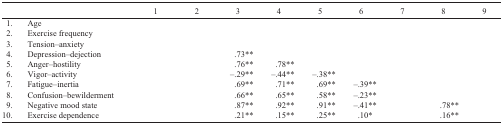
<table><thead><tr><td>[EMPTY_CELL]</td><td>[EMPTY_CELL]</td><td><b>1</b></td><td><b>2</b></td><td><b>3</b></td><td><b>4</b></td><td><b>5</b></td><td><b>6</b></td><td><b>7</b></td><td><b>8</b></td><td><b>9</b></td></tr></thead><tbody><tr><td>1.</td><td>Age</td><td>[EMPTY_CELL]</td><td>[EMPTY_CELL]</td><td>[EMPTY_CELL]</td><td>[EMPTY_CELL]</td><td>[EMPTY_CELL]</td><td>[EMPTY_CELL]</td><td>[EMPTY_CELL]</td><td>[EMPTY_CELL]</td><td>[EMPTY_CELL]</td></tr><tr><td>2.</td><td>Exercise frequency</td><td>[EMPTY_CELL]</td><td>[EMPTY_CELL]</td><td>[EMPTY_CELL]</td><td>[EMPTY_CELL]</td><td>[EMPTY_CELL]</td><td>[EMPTY_CELL]</td><td>[EMPTY_CELL]</td><td>[EMPTY_CELL]</td><td>[EMPTY_CELL]</td></tr><tr><td>3.</td><td>Tension–anxiety</td><td>[EMPTY_CELL]</td><td>[EMPTY_CELL]</td><td>[EMPTY_CELL]</td><td>[EMPTY_CELL]</td><td>[EMPTY_CELL]</td><td>[EMPTY_CELL]</td><td>[EMPTY_CELL]</td><td>[EMPTY_CELL]</td><td>[EMPTY_CELL]</td></tr><tr><td>4.</td><td>Depression–dejection</td><td>[EMPTY_CELL]</td><td>[EMPTY_CELL]</td><td>.73**</td><td>[EMPTY_CELL]</td><td>[EMPTY_CELL]</td><td>[EMPTY_CELL]</td><td>[EMPTY_CELL]</td><td>[EMPTY_CELL]</td><td>[EMPTY_CELL]</td></tr><tr><td>5.</td><td>Anger–hostility</td><td>[EMPTY_CELL]</td><td>[EMPTY_CELL]</td><td>.76**</td><td>.78**</td><td>[EMPTY_CELL]</td><td>[EMPTY_CELL]</td><td>[EMPTY_CELL]</td><td>[EMPTY_CELL]</td><td>[EMPTY_CELL]</td></tr><tr><td>6.</td><td>Vigor–activity</td><td>[EMPTY_CELL]</td><td>[EMPTY_CELL]</td><td>–.29**</td><td>–.44**</td><td>–.38**</td><td>[EMPTY_CELL]</td><td>[EMPTY_CELL]</td><td>[EMPTY_CELL]</td><td>[EMPTY_CELL]</td></tr><tr><td>7.</td><td>Fatigue–inertia</td><td>[EMPTY_CELL]</td><td>[EMPTY_CELL]</td><td>.69**</td><td>.71**</td><td>.69**</td><td>–.39**</td><td>[EMPTY_CELL]</td><td>[EMPTY_CELL]</td><td>[EMPTY_CELL]</td></tr><tr><td>8.</td><td>Confusion–bewilderment</td><td>[EMPTY_CELL]</td><td>[EMPTY_CELL]</td><td>.66**</td><td>.65**</td><td>.58**</td><td>–.23**</td><td>[EMPTY_CELL]</td><td>[EMPTY_CELL]</td><td>[EMPTY_CELL]</td></tr><tr><td>9.</td><td>Negative mood state</td><td>[EMPTY_CELL]</td><td>[EMPTY_CELL]</td><td>.87**</td><td>.92**</td><td>.91**</td><td>–.41**</td><td>[EMPTY_CELL]</td><td>.78**</td><td>[EMPTY_CELL]</td></tr><tr><td>10.</td><td>Exercise dependence</td><td>[EMPTY_CELL]</td><td>[EMPTY_CELL]</td><td>.21**</td><td>.15**</td><td>.25**</td><td>.10*</td><td>[EMPTY_CELL]</td><td>.16**</td><td>[EMPTY_CELL]</td></tr></tbody></table>